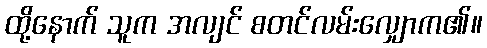
ထို့နောက် သူက အလျင် စတင်လမ်းလျှောက၏။